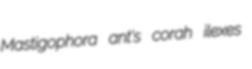
Mastigophora ant's corah ilexes